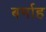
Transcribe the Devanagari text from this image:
बर्माह